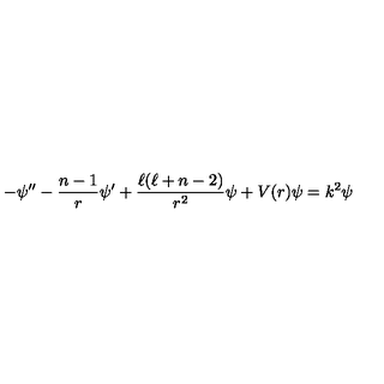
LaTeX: - \psi ^ { \prime \prime } - \frac { n - 1 } { r } \psi ^ { \prime } + \frac { \ell ( \ell + n - 2 ) } { r ^ { 2 } } \psi + V ( r ) \psi = k ^ { 2 } \psi